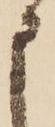
申